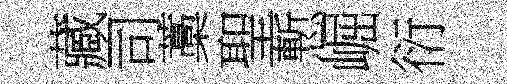
藏司藁聖慙崛衍